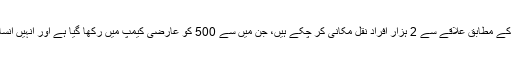
ادارے کے سربراہ صالحو گاربہ کے مطابق علاقے سے 2 ہزار افراد نقل مکانی کر چکے ہیں، جن میں سے 500 کو عارضی کیمپ میں رکھا گیا ہے اور انہیں انسانی امداد کی سخت ضرورت ہے۔